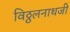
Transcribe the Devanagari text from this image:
विठ्ठलनाथजी